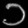
Digit: ၁